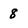
Character: 8